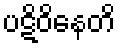
ပဋိဝိနေတိ